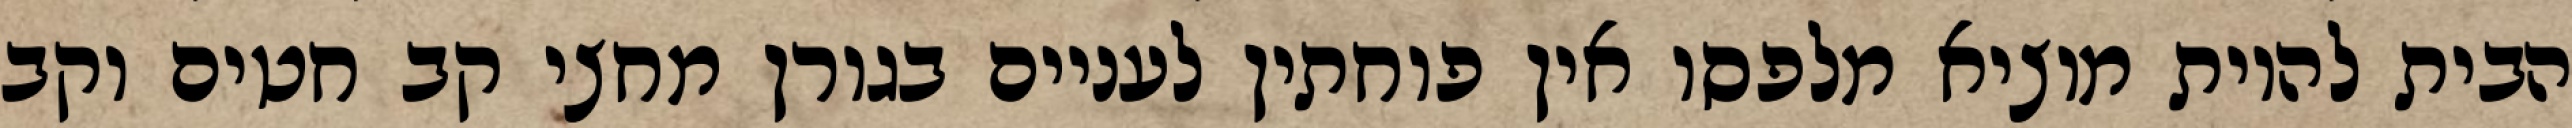
הבית להיות מוציא מלפסו אין פוחתין לעניים בגורן מחצי קב חטים וקב